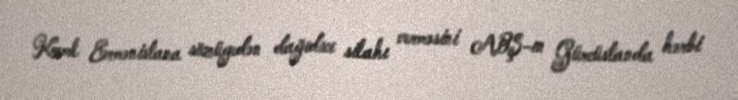
Kreml Ermənistana sözügedən dağıdıcı silahı verməsini ABŞ-ın Gürcüstanda hərbi